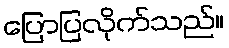
ပြောပြလိုက်သည်။